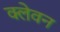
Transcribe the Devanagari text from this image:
क्लेवन